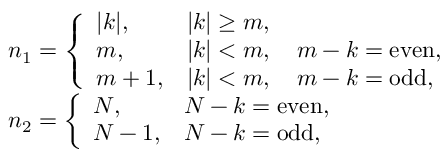
\begin{array} { l } { n _ { 1 } = \left\{ \begin{array} { l l } { | k | , } & { | k | \geq m , } \\ { m , } & { | k | < m , \quad m - k = \mathrm { e v e n } , } \\ { m + 1 , } & { | k | < m , \quad m - k = \mathrm { o d d } , } \end{array} \right. } \\ { n _ { 2 } = \left\{ \begin{array} { l l } { N , } & { N - k = \mathrm { e v e n } , } \\ { N - 1 , } & { N - k = \mathrm { o d d } , } \end{array} \right. } \end{array}